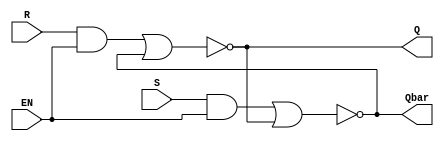
module SR_Latch_structural(
  input R, S, EN,
  output Q, Qbar
);
  wire Rin, Sin;
  and(Rin, R, EN);
  and(Sin, S, EN);
  nor(Q, Rin, Qbar);
  nor(Qbar, Sin, Q);
endmodule